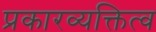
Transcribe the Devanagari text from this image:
प्रकारव्यक्तित्व